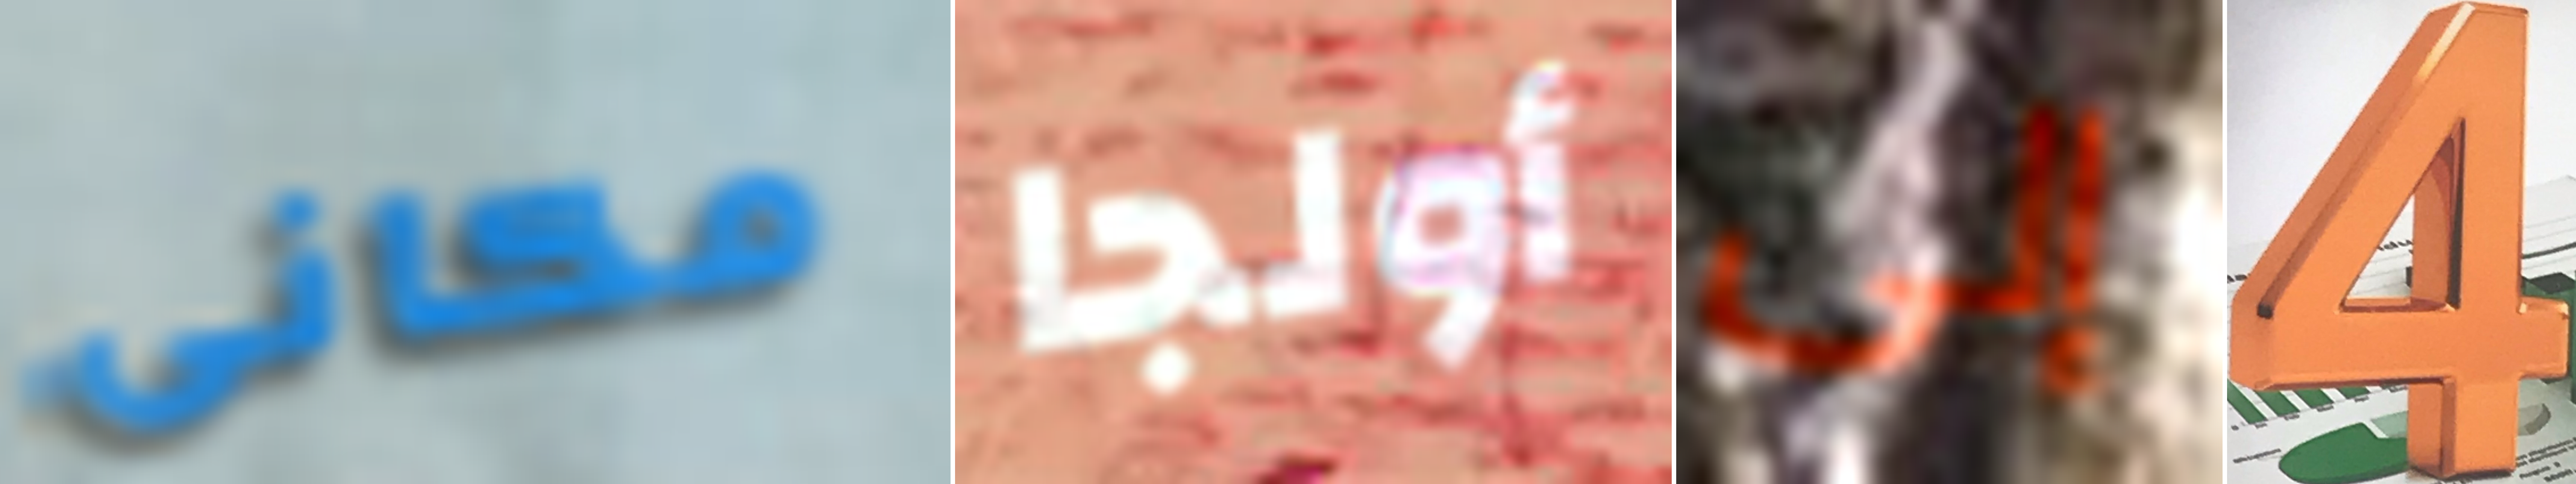
مكانى أولجا إلى 4